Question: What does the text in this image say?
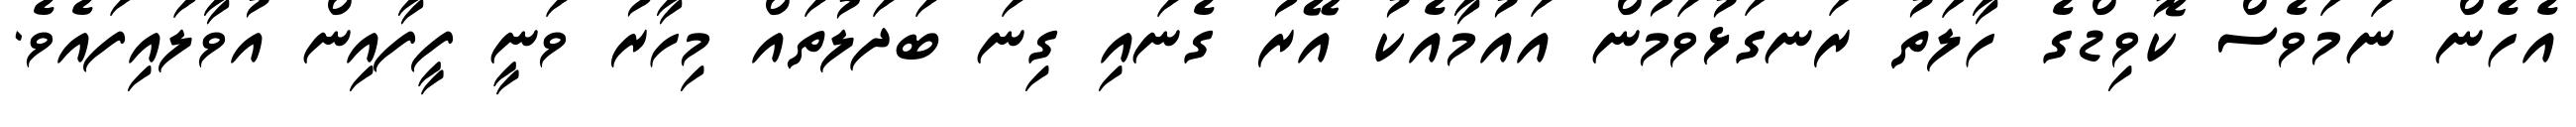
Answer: އެހެން ނަމަވެސް ކޮވިޑްގެ ހާލަތު ރަނގަޅުވަމުން އައުމާއެކު އޭރު ގެނައި ގިނަ ބަދަލުތައް މިހާރު ވަނީ ފީފާއިން އުވާލައިފައެވެ.